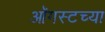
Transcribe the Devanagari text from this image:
आॅगस्टच्या